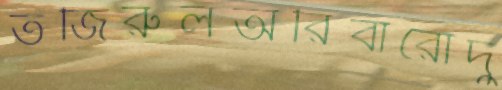
তজিরুলঅরিবারোদু